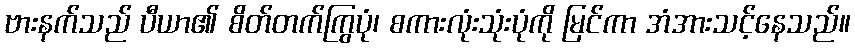
ဗားနက်သည် ပီယာ၏ စိတ်တက်ကြွပုံ၊ စကားလုံးသုံးပုံကို မြင်ကာ အံအားသင့်နေသည်။